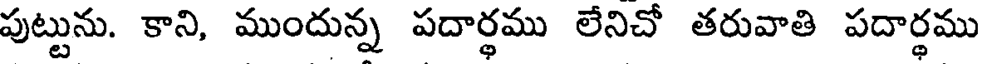
పుట్టును. కాని, ముందున్న పదార్థము లేనిచో తరువాతి పదార్థము